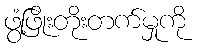
ဖွံ့ဖြိုးတိုးတက်မှုကို